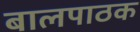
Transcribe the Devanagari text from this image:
बालपाठक